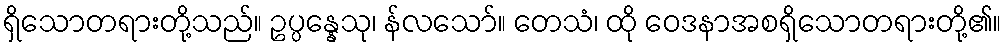
ရှိသောတရားတို့သည်။ ဥပ္ပန္နေသု၊ န်လသော်။ တေသံ၊ ထို ဝေဒနာအစရှိသောတရားတို့၏။